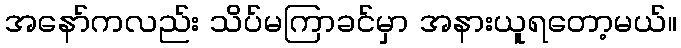
အနော်ကလည်း သိပ်မကြာခင်မှာ အနားယူရတော့မယ်။